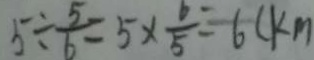
5 \div \frac { 5 } { 6 } = 5 \times \frac { 6 } { 5 } = 6 ( k m